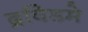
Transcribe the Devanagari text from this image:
द्रविडमे